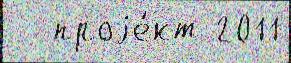
 - проjе́кт 2011